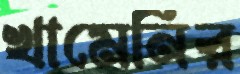
খামেনির